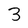
Character: 3